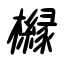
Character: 櫞